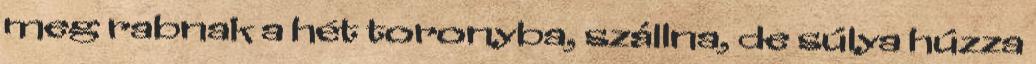
meg rabnak a hét toronyba, szállna, de súlya húzza